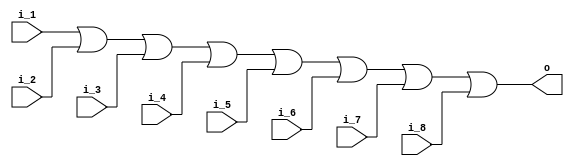
`timescale 1ns / 1ps

module or_gate_eight(input i_1,i_2,i_3,i_4,i_5,i_6,i_7,i_8,output o);

    assign o = i_1 | i_2 | i_3 | i_4 | i_5 | i_6 | i_7 | i_8;

endmodule